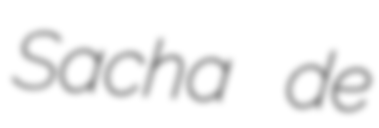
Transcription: Sacha de